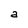
Character: a